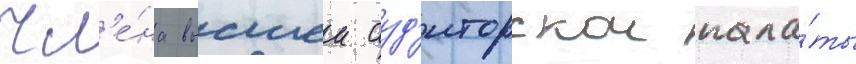
чл'е́на высшеи ауд'иторскои пала́ты